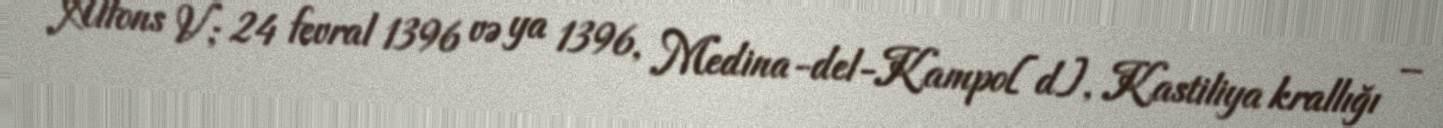
Alfons V; 24 fevral 1396 və ya 1396, Medina-del-Kampo[d], Kastiliya krallığı –